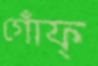
গোঁফ্